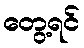
တွေ့ရင်